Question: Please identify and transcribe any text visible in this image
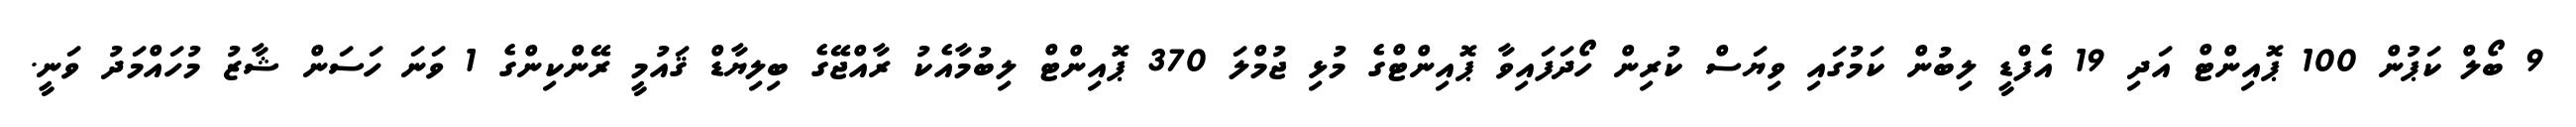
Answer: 9 ބޯލް ކަޕުން 100 ޕޮއިންޓް އަދި 19 އެފްޑީ ލިބުން ކަމުގައި ވިޔަސް ކުރިން ހޯދަފައިވާ ޕޮއިންޓްގެ މުޅި ޖުމްލަ 370 ޕޮއިންޓް ލިބުމާއެކު ރާއްޖޭގެ ބިލިޔާޑް ޤައުމީ ރޭންކިންގެ 1 ވަނަ ހަސަން ޝާޒު މުހައްމަދު ވަނީ.